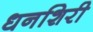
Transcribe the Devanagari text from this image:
धनशिरी